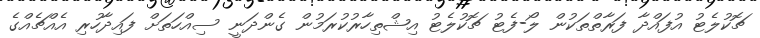
ޗޮކުލެޓު އުފައްދާ ފަރާތްތަކުން ލޯ-ފެޓު ޗޮކުލެޓު އިޝްތިހާރުކުރަމުން ގެންދަނީ ސިއްހަތަށް ފައިދާހުރި އެއްޗެއްގެ